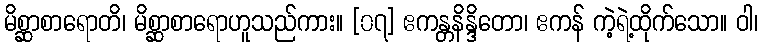
မိစ္ဆာစာရောတိ၊ မိစ္ဆာစာရောဟူသည်ကား။ [၀၇] ဧကန္တနိန္ဒိတော၊ ဧကန် ကဲ့ရဲ့ထိုက်သော။ ဝါ၊